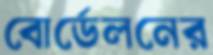
বোর্ডেলনের